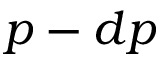
p - d p